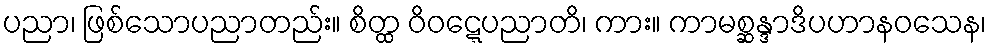
ပညာ၊ ဖြစ်သောပညာတည်း။ စိတ္ထ ဝိဝဋ္ဋေပညာတိ၊ ကား။ ကာမစ္ဆန္ဒာဒိပဟာနဝသေန၊